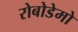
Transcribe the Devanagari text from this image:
रोबोडेमो